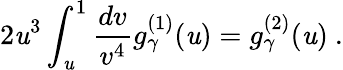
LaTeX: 2\mathit{u}^{3}\int_{\mathit{u}}^{1}\frac{{dv}}{{v^{4}}}g_{\gamma}^{(1)}(\mathit{u})=g_{\gamma}^{(2)}(\mathit{u})~.